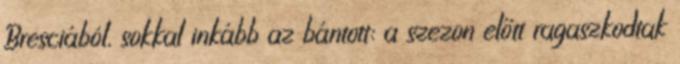
Bresciából, sokkal inkább az bántott: a szezon előtt ragaszkodtak